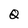
Character: Q